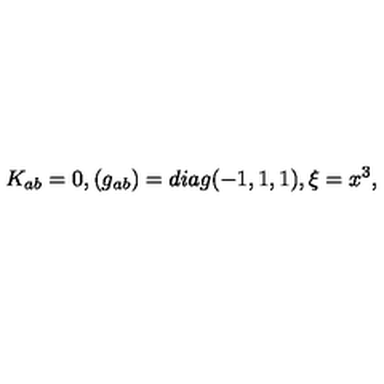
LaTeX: K _ { a b } = 0 , ( g _ { a b } ) = d i a g ( - 1 , 1 , 1 ) , \xi = x ^ { 3 } ,